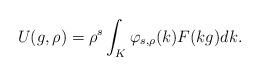
LaTeX: \begin{align*} U(g,\rho) = \rho^s \int_K \varphi_{s,\rho}(k) F(kg) dk.\end{align*}